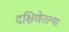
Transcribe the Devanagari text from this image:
दक्षिणेतल्या